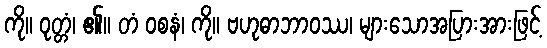
ကို။ ဝုတ္တံ၊ ၏။ တံ ဝစနံ၊ ကို။ ဗဟုဓာဘာဝဿ၊ များသောအပြားအားဖြင့်